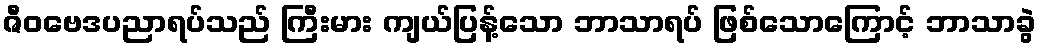
ဇီဝဗေဒပညာရပ်သည် ကြီးမား ကျယ်ပြန့်သော ဘာသာရပ် ဖြစ်သောကြောင့် ဘာသာခွဲ